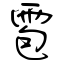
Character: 雹